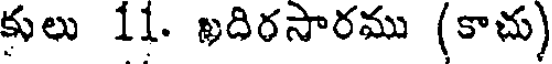
కులు 11. ఖదిరసారము (కాచు)